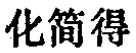
化简得